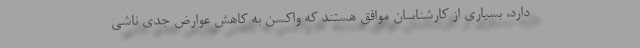
دارد، بسیاری از کارشناسان موافق هستند که واکسن به کاهش عوارض جدی ناشی